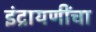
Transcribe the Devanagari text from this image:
इंद्रायणींचा